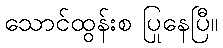
သောင်ထွန်းစ ပြုနေပြီ။